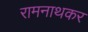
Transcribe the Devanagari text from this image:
रामनाथकर